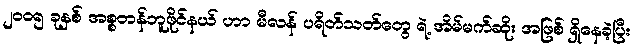
၂၀၀၅ ခုနှစ် အစ္စတန်ဘူဖိုင်နယ် ဟာ မီလန် ပရိတ်သတ်တွေ ရဲ့ အိမ်မက်ဆိုး အဖြစ် ရှိနေခဲ့ပြီး